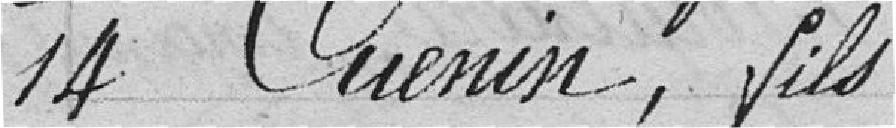
14 Cuenin, fils